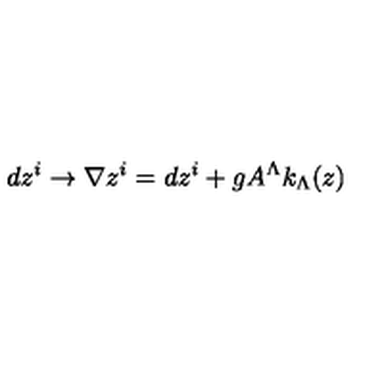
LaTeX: d z ^ { i } \rightarrow \nabla z ^ { i } = d z ^ { i } + g A ^ { \Lambda } k _ { \Lambda } ( z )